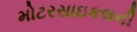
મોટરસાઇકલની